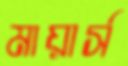
মায়ার্স